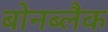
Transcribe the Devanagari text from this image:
बोनब्लैक